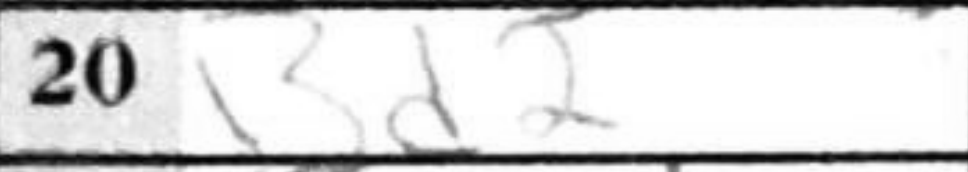
Transcription: Bd2